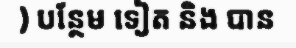
) បន្ថែម ទៀត និង បាន